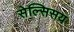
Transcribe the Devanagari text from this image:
सेल्सिसय